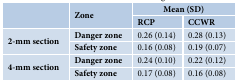
| <ROWSPAN=2>  | <ROWSPAN=2> Zone | <COLSPAN=2> Mean (SD) |
 | RCP | CCWR |
 | --- | --- | --- | --- |
 | <ROWSPAN=2> 2-mm section | Danger zone | 0.26 (0.14) | 0.28 (0.13) |
 | Safety zone | 0.16 (0.08) | 0.19 (0.07) |
 | <ROWSPAN=2> 4-mm section | Danger zone | 0.24 (0.10) | 0.22 (0.12) |
 | Safety zone | 0.17 (0.08) | 0.16 (0.08) |